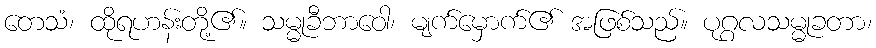
တေသံ၊ ထိုရဟန်းတို့၏။ သမ္မုခီဘာဝေါ၊ မျက်မှောက်၏ အဖြစ်သည်။ ပုဂ္ဂလသမ္မုခတာ၊